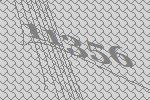
11356